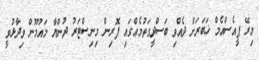
މިރޭ ޕީއެސްއެމް ޚަބަރަށް ދެއްވި ބަސްދީގަތުމެއްގައި ފޮރިން މިނިސްޓަރު ދުންޔާ މައުމޫން ވިދާޅުވީ